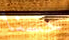
حسنا